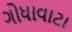
ગોધાવાટા